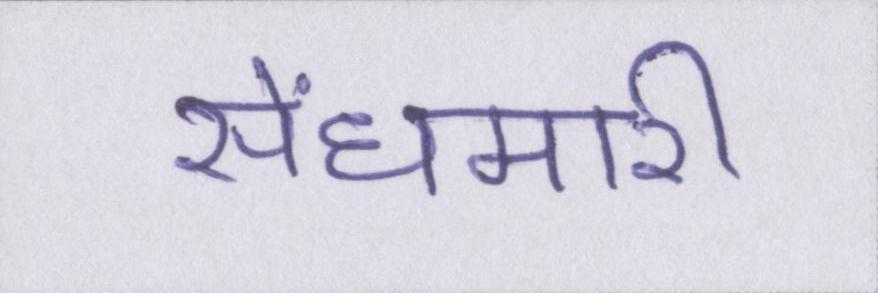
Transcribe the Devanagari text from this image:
सेंधमारी